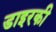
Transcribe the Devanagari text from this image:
डाइरकी